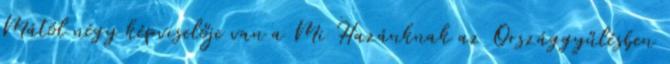
Mától négy képviselője van a Mi Hazánknak az Országgyűlésben